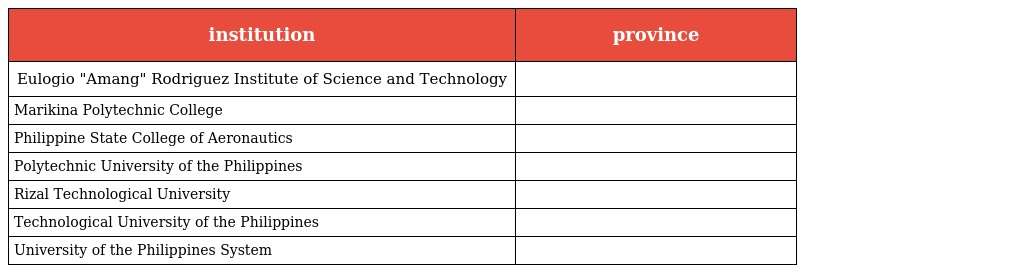
| institution | province |
 | --- | --- |
 | Eulogio "Amang" Rodriguez Institute of Science and Technology |  |
 | Marikina Polytechnic College |  |
 | Philippine State College of Aeronautics |  |
 | Polytechnic University of the Philippines |  |
 | Rizal Technological University |  |
 | Technological University of the Philippines |  |
 | University of the Philippines System |  |